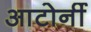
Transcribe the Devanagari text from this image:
आटोर्नी